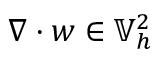
\nabla \cdot w \in \mathbb { V } _ { h } ^ { 2 }